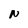
Character: N